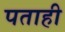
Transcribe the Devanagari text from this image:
पताही